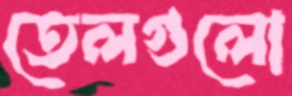
তেলগুলো